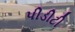
પીડીટી